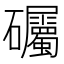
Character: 𱵅